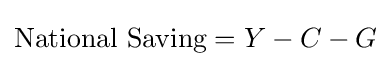
{\text{National Saving}}=Y-C-G